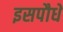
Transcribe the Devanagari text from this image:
इसपौधे